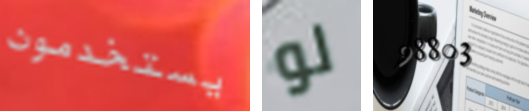
يستخدمون لو 98803